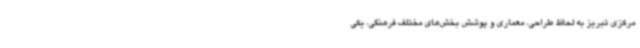
مرکزی تبریز به لحاظ طراحی، معماری و پوشش بخش‌های مختلف فرهنگی، یکی